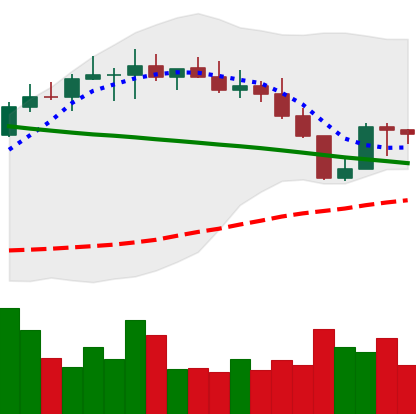
Ticker: BNB-USD
Chart end date: 2022-08-23
Forward return: -7.618%
Label: down_7plus